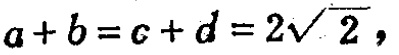
\(a + b = c + d = 2\sqrt{2}\)